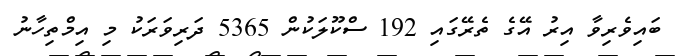
ބައިވެރިވާ އިރު އޭގެ ތެރޭގައި 192 ސްކޫލަކުން 5365 ދަރިވަރަކު މި އިމްތިހާނު